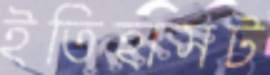
ইতিহাসট